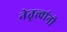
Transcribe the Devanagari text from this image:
नेतृत्त्वांनी